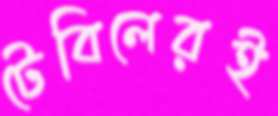
টেবিলেরই